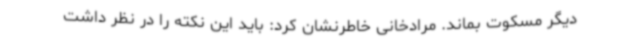
دیگر مسکوت بماند. مرادخانی خاطرنشان کرد: باید این نکته را در نظر داشت